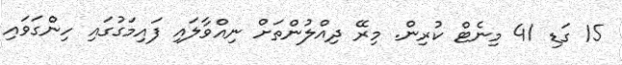
15 ގަޑި 41 މިނެޓް ކުރިން. މިރޭ ދިއްލުންތަށް ނިއްވާލައި ފައިމަގުގައި ހިންގަވައި